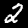
Digit: 2